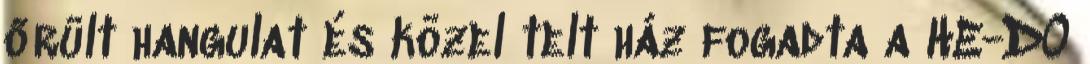
őrült hangulat és közel telt ház fogadta a HE-DO